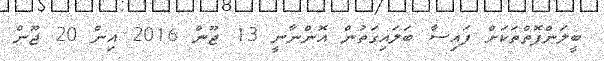
ބީލަންފޮތްތަކަށް ފައިސާ ބަލައިގަތުން އޮންނާނީ 13 ޖޫން 2016 އިން 20 ޖޫން